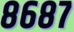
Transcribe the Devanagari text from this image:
८६८७